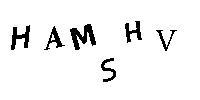
HAMSHV